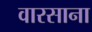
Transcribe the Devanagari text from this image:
वारसाना